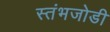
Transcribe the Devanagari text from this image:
स्तंभजोडी